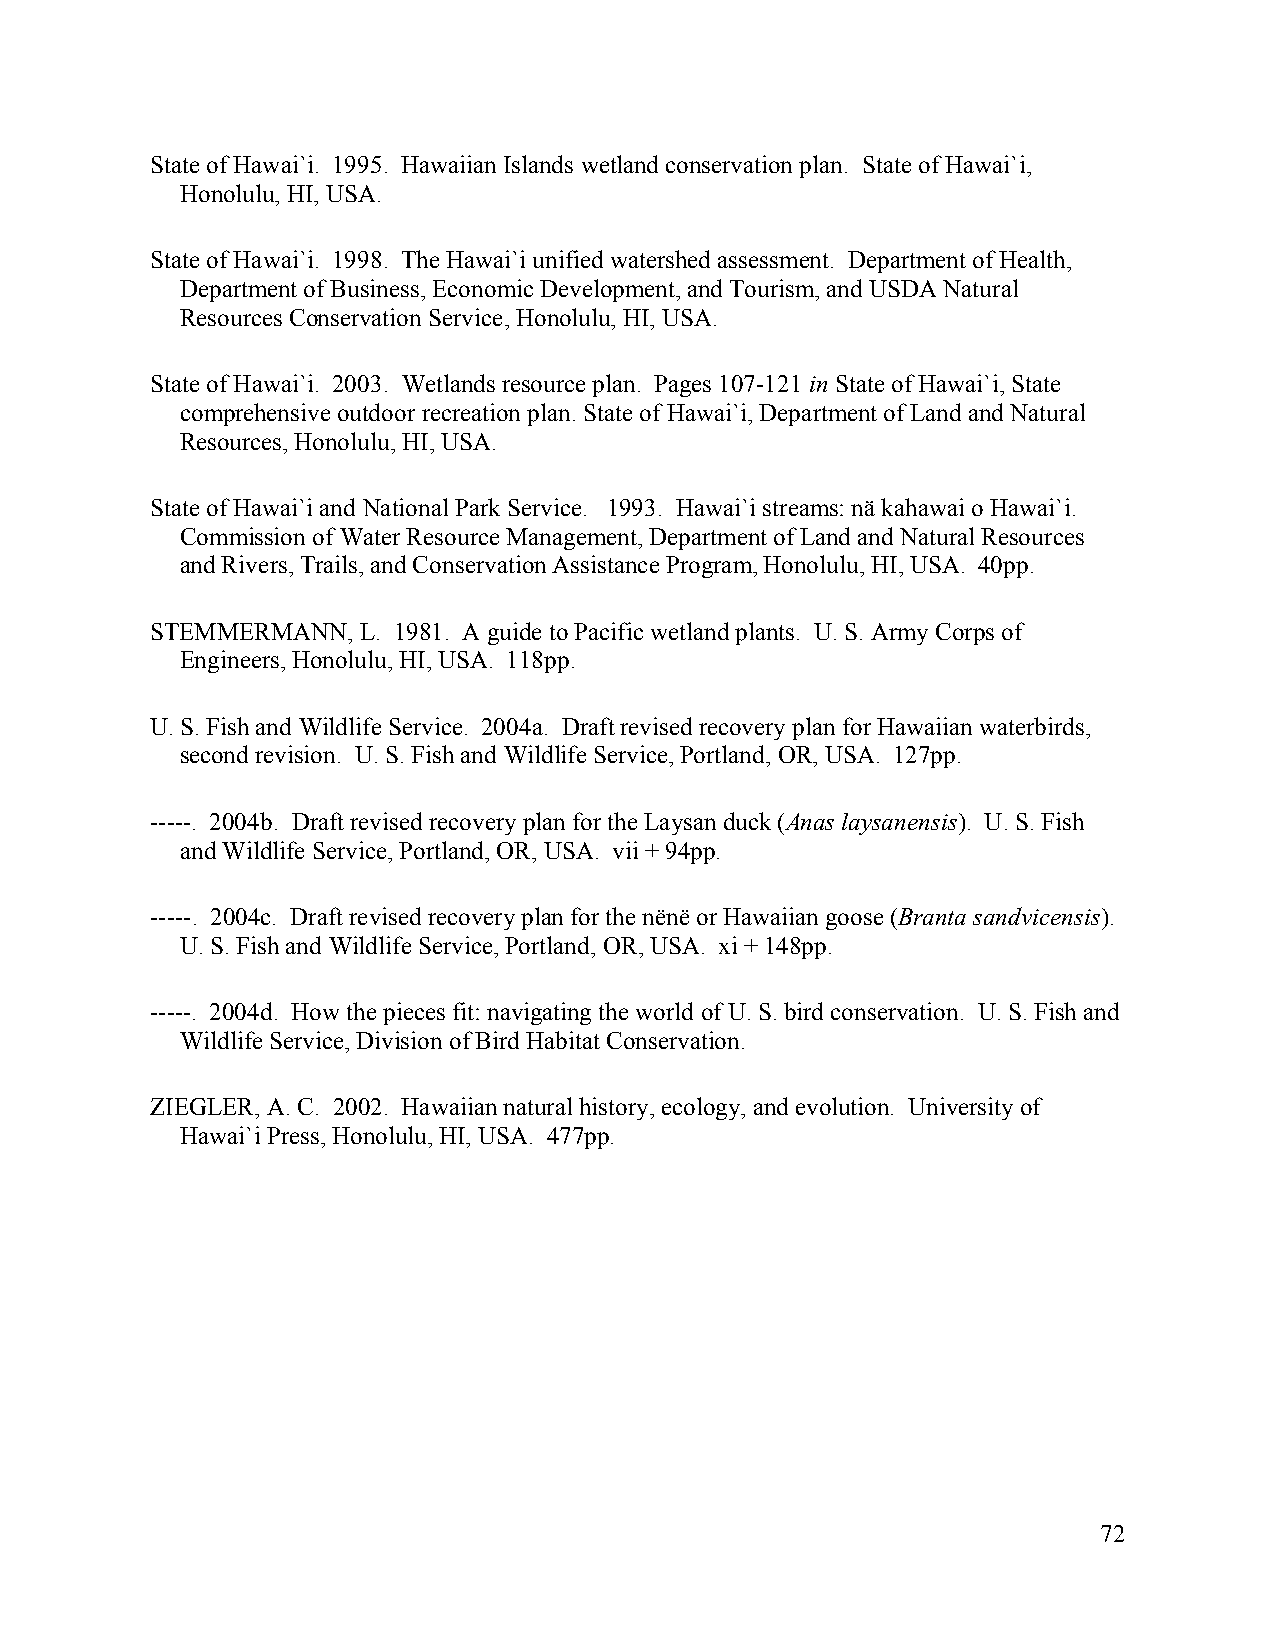
State of Hawai`i. 1995. Hawaiian Islands wetland conservation plan. State of Hawai`i,
 Honolulu, HI, USA.
 State of Hawai`i. 1998. The Hawai`i unified watershed assessment. Department of Health,
 Department of Business, Economic Development, and Tourism, and USDA Natural
 Resources Conservation Service, Honolulu, HI, USA.
 State of Hawai`i. 2003. Wetlands resource plan. Pages 107-121 in State of Hawai`i, State
 comprehensive outdoor recreation plan. State of Hawai`i, Department of Land and Natural
 Resources, Honolulu, HI, USA.
 State of Hawai`i and National Park Service. 1993. Hawai`i streams: nä kahawai o Hawai`i.
 Commission of Water Resource Management, Department of Land and Natural Resources
 and Rivers, Trails, and Conservation Assistance Program, Honolulu, HI, USA. 40pp.
 STEMMERMANN,  L. 1981. A guide to Pacific wetland plants. U. S. Army Corps of
 Engineers, Honolulu, HI, USA. 118pp.
 U. S. Fish and Wildlife Service. 2004a. Draft revised recovery plan for Hawaiian waterbirds,
 second revision. U. S. Fish and Wildlife Service, Portland, OR, USA. 127pp.
 -----. 2004b. Draft revised recovery plan for the Laysan duck (Anas laysanensis). U. S. Fish
 and Wildlife Service, Portland, OR, USA. vii + 94pp.
 -----. 2004c. Draft revised recovery plan for the nënë or Hawaiian goose (Branta sandvicensis).
 U. S. Fish and Wildlife Service, Portland, OR, USA. xi + 148pp.
 -----. 2004d. How the pieces fit: navigating the world of U. S. bird conservation. U. S. Fish and
 Wildlife Service, Division of Bird Habitat Conservation.
 ZIEGLER, A. C. 2002. Hawaiian natural history, ecology, and evolution. University of
 Hawai`i Press, Honolulu, HI, USA. 477pp.
 72